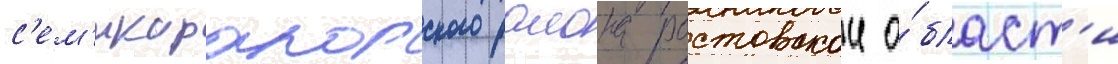
с'ем'икаракорского раиона ростовскои о́бласт'и